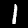
Digit: 1